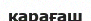
қарағаш